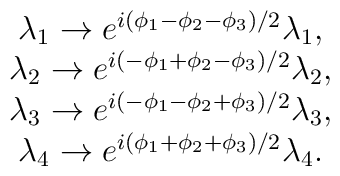
\begin{array}{c}\lambda_1 \rightarrow e^{i ( \phi_1 - \phi_2 - \phi_3)/2} \lambda_1, \\\lambda_2 \rightarrow e^{i ( -\phi_1 + \phi_2 - \phi_3)/2} \lambda_2, \\\lambda_3 \rightarrow e^{i ( -\phi_1 - \phi_2 + \phi_3)/2} \lambda_3, \\\lambda_4 \rightarrow e^{i ( \phi_1 + \phi_2 + \phi_3)/2} \lambda_4.\end{array}